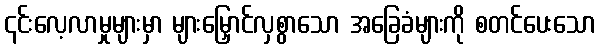
၎င်းလေ့လာမှုများမှာ များမြှောင်လှစွာသော အခြေခံများကို စတင်ပေးသော